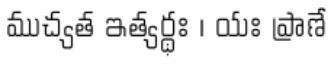
ముచ్యత ఇత్యర్థః । యః ప్రాణే